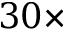
3 0 \times